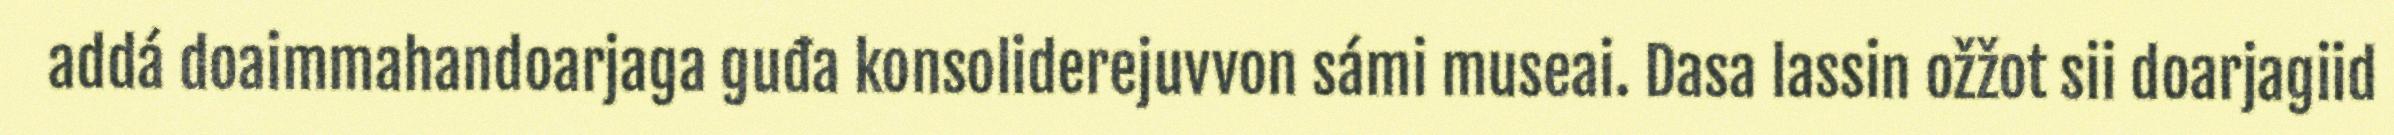
addá doaimmahandoarjaga guđa konsoliderejuvvon sámi museai. Dasa lassin ožžot sii doarjagiid